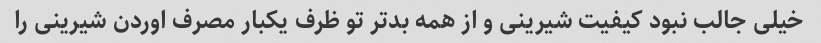
خیلی جالب نبود کیفیت شیرینی و از همه بدتر تو ظرف یکبار مصرف اوردن شیرینی را